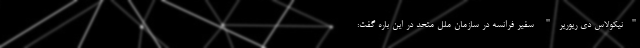
"نیکولاس دی ریوریر" سفیر فرانسه در سازمان ملل متحد در این باره گفت: